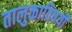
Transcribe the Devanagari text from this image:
तालुकाविषयी